Annual report of the Madras Medical College
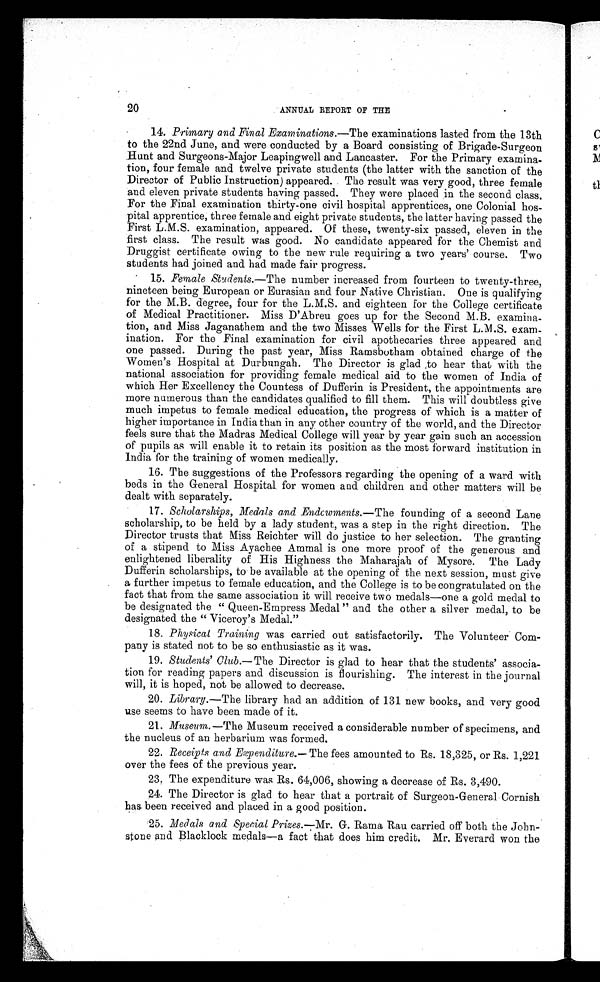
20
ANNUAL REPORT OF THE
14. Primary and Final Examinations.— The examinations lasted from the 13th
to the 22nd June, and were conducted by a Board consisting of Brigade-Surgeon
Hunt and Surgeons-Major Leapingwell and Lancaster. For the Primary examina-
tion, four female and twelve private students (the latter with the sanction of the
Director of Public Instruction) appeared. The result was very good, three female
and eleven private students having passed. They were placed in the second class.
For the Final examination thirty-one civil hospital apprentices, one Colonial hos-
pital apprentice, three female and eight private students, the latter having passed the
First L.M.S. examination, appeared. Of these, twenty-six passed, eleven in the
first class. The result was good. No candidate appeared for the Chemist and
Druggist certificate owing to the new rule requiring a two years’ course. Two
students had joined and had made fair progress.
15. Female Students.—The number increased from fourteen to twenty-three,
nineteen being European or Eurasian and four Native Christian. One is qualifying
for the M.B. degree, four for the L.M.S. and eighteen for the College certificate
of Medical Practitioner. Miss D’Abreu goes up for the Second M.B. examina-
tion., and Miss Jaganathem and the two Misses Wells for the First L.M.S. exam-
ination. For the Final examination for civil apothecaries three appeared and
one passed. During the past year, Miss Ramsbotham obtained charge of the
Women’s Hospital at Durbungah. The Director is glad to hear that with the
national association for providing female medical aid to the women of India of
which Her Excellency the Countess of Dufferin is President, the appointments are
more numerous than the candidates qualified to fill them. This will doubtless give
much impetus to female medical education, the progress of which is a matter of
higher importance in India than in any other country of the world, and the Director
feels sure that the Madras Medical College will year by year gain such an accession
of pupils as will enable it to retain its position as the most forward institution in
India for the training of women medically.
16. The suggestions of the Professors regarding the opening of a ward with
beds in the General Hospital for women and children and other matters will be
dealt with separately.
17. Scholarships, Medals and .Endcwments.— The founding of a second Lane
scholarship, to be held by a lady student, was a step in the right direction. The
Director trusts that Miss Reichter will do justice to her selection. The granting
of a stipend to Miss Ayachee Ammal is one more proof of the generous and
enlightened liberality of His Highness the Maharajah of Mysore. The Lady
Dufferin scholarships, to be available at the opening of the next session, must give
a further impetus to female education, and the College is to be congratulated on the
fact that from the same association it will receive two medals—one a gold medal to
be designated the “ Queen-Empress Medal ” and the other a silver medal, to be
designated the “ Viceroy’s Medal.”
18. Physical Training was carried out satisfactorily. The Volunteer Com-
pany is stated not to be so enthusiastic as it was.
19. Students’ Club.—T h e
Director is glad to hear that the students’ associa-
tion for reading papers and discussion is flourishing. The interest in the journal
will, it is hoped, not be allowed to decrease.
20. Library.— The library had an addition of 131 new books, and very good
use seems to have been made of it.
21. Museum. —The Museum received a considerable number of specimens, and
the nucleus of an herbarium was formed.
22. Receipts and Expenditure.— The fees amounted to Rs. 18,325, or Rs. 1,221
over the fees of the previous year.
23. The expenditure was Rs. 64,006, showing a decrease of Rs. 3,490.
24. The Director is glad to hear that a portrait of Surgeon-General Cornish
has. been received and placed in a good position.
25. Medals and Special Prizes.—Mr. G. Rama Rau carried off both the John-
stone and Blacklock medals—a fact that does him credit. Mr. Everard won the